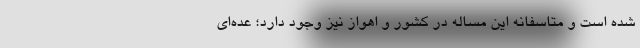
شده است و متاسفانه این مساله در کشور و اهواز نیز وجود دارد؛ عده‌ای